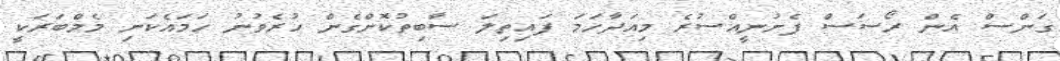
ގަންސް އެން ރޯސަސް ފެށުނީއްސުރެ މިއަދާހަމަ ފައިތިލަ ސާބިތުކޮށްގެން ހުރެވުނު ހަމައެކަނި މެމްބަރަކީ